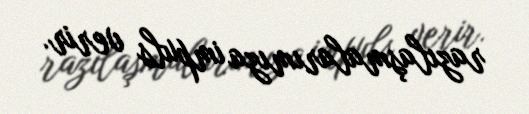
razılaşmalarımıza impuls verir.